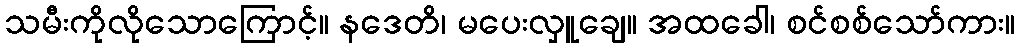
သမီးကိုလိုသောကြောင့်။ နဒေတိ၊ မပေးလှူချေ။ အထခေါ၊ စင်စစ်သော်ကား။